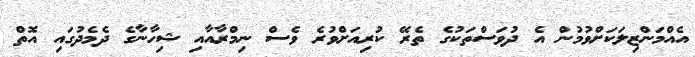
އެއްމަންޒިލަކަށްވުމުން އެ ދުވަސްތަކުގެ ތެރޭ ކުރިއަށްވުރެ ވެސް ނިމްރާއާއި ޝިހާނާގެ ދެމެދުގައި އޮތް